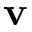
\mathbf { v }